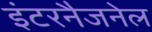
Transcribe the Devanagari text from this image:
इंटरनैजनेल